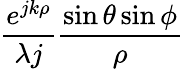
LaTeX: \frac{e^{jk\rho}}{\lambda j}\frac{\sin{\theta}\sin{\phi}}{\rho}